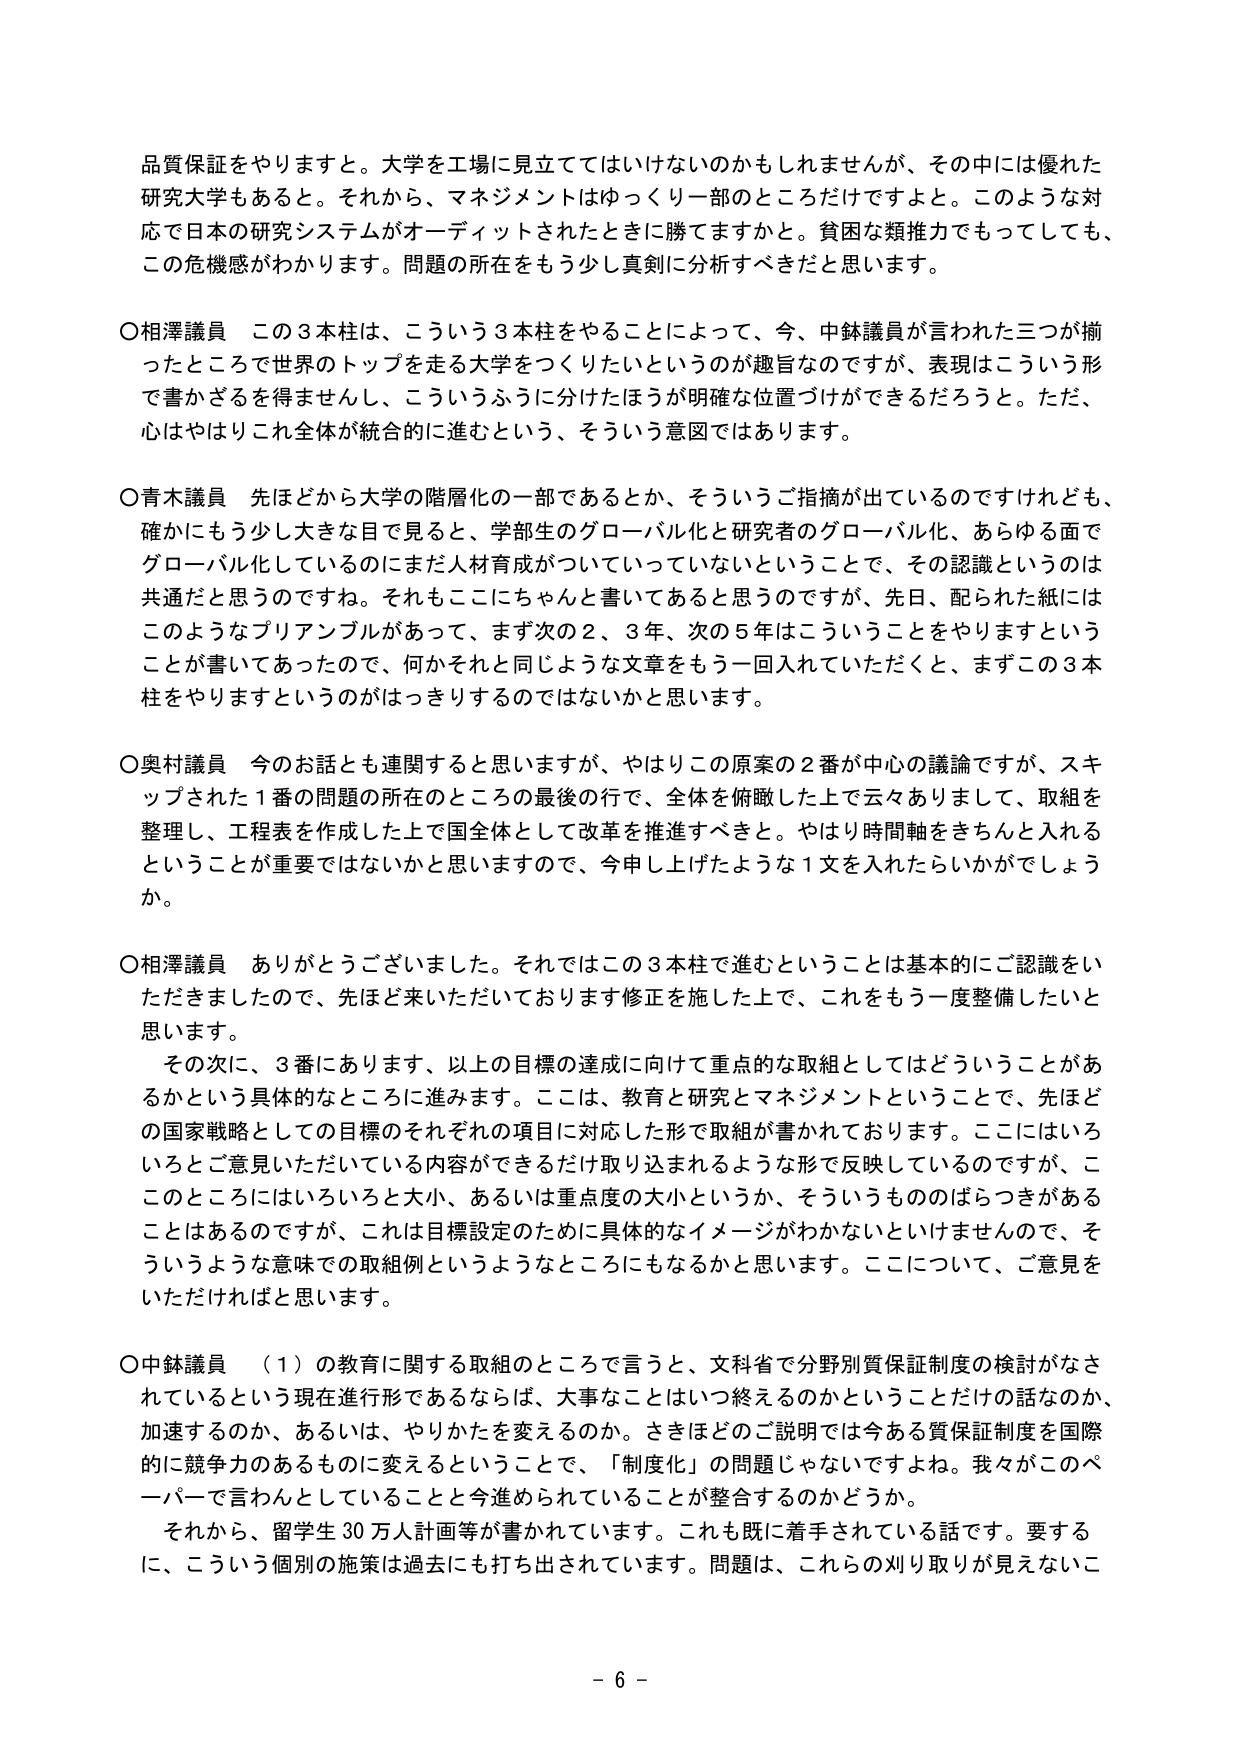
品質保証をやりますと。大学を工場に見立ててはいけないのかもしれません、その中には優れた研究大学もあると。それから、マネジメントはゆっくり一部のところだけですよと。このような対応で日本の研究システムがオーディットされたときに勝てますかと。貧困な類推力でもってしても、この危機感がわかります。問題の所在をもう少し真剣に分析すべきだと思います。

○相澤議員　この3本柱は、こういう3本柱をやることによって、今、中鉢議員が言われた三つが揃ったところで世界のトップを走る大学をつくりたいというのが趣旨なのですが、表現はこういう形で書かざるを得ませんし、こういうふうに分けたほうが明確な位置づけができるだろうと。ただ、心はやはりこれ全体が統合的に進むという、そういう意図ではあります。

○青木議員　先ほどから大学の階層化の一部であるとか、そういうご指摘が出ているのですけれども、確かにもう少し大きな目で見ると、学部生のグローバル化と研究者のグローバル化、あらゆる面でグローバル化しているのにまだ人材育成がついていっていないということで、その認識というのは共通だと思うのですね。それもここにちゃんと書いてあると思うのですが、先日、配られた紙にはこのようなプリアンプルがあって、まず次の2、3年、次の5年はこういうことをやりますということが書いてあったので、何かそれと同じような文章をもう一回入れていただくと、まずこの3本柱をやりますというのがはっきりするのではないかと思います。

○奥村議員　今のお話とも連関すると思いますが、やはりこの原案の2番が中心の議論ですが、スキップされた1番の問題の所在のところの最後の行で、全体を俯瞰した上で云々ありまして、取組を整理し、工程表を作成した上で国全体として改革を推進すべきと。やはり時間軸をきちんと入れるということが重要ではないかと思いますので、今申し上げたような1文を入れたらいいかがでしょうか。

○相澤議員　ありがとうございました。それではこの3本柱で進むということは基本的にご認識をいただきましたので、先ほど来ていただいております修正を施した上で、これをもう一度整備したいと思います。

　その次に、3番にあります、以上の目標の達成に向けて重点的な取組としてはどういうことがあるかという具体的なところに進みます。ここは、教育と研究とマネジメントということで、先ほどの国家戦略としての目標のそれぞれの項目に対応した形で取組が書かれております。ここにはいろいろとご意見いただいている内容ができるだけ取り込まれるような形で反映しているのですが、このところにはいろいろと大小、あるいは重点度の大小というか、そういうもののはらつきがあることはあるのですが、これは目標設定のために具体的なイメージがわかないといけませんので、そういうような意味での取組例というようなところにもなるかと思います。ここについて、ご意見をいただければと思います。

○中鉢議員　（1）の教育に関する取組のところで言うと、文科省で分野別質保証制度の検討がなされているという現在進行形であるならば、大事なことはいつ終えるのかということだけの話なのか、加速するのか、あるいは、やりかたを変えるのか。さきほどのご説明では今ある質保証制度を国際的に競争力のあるものに変えるということで、「制度化」の問題じゃないですよね。我々がこのペーパーで言わんとしていることと今進められていることが整合するのかどうか。

　それから、留学生30万人計画等が書かれています。これも既に着手されている話です。要するに、こういう個別の施策は過去にも打ち出されています。問題は、これらの刈り取りが見えないこ

- 6 -